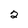
Character: 2